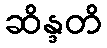
ဆိန္ဒတိ